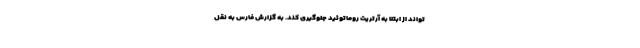
تواند از ابتلا به آرتریت روماتوئید جلوگیری کند. به گزارش فارس به نقل